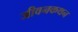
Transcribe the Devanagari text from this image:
जीवनकथन